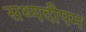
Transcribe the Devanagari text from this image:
सथ्यदीपम